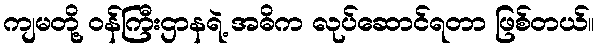
ကျမတို့ ဝန်ကြီးဌာနရဲ့ အဓိက လုပ်ဆောင်ရတာ ဖြစ်တယ်။